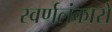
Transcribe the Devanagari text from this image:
स्वर्णलंकारो